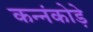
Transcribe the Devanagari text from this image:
कन्नंकोड़े